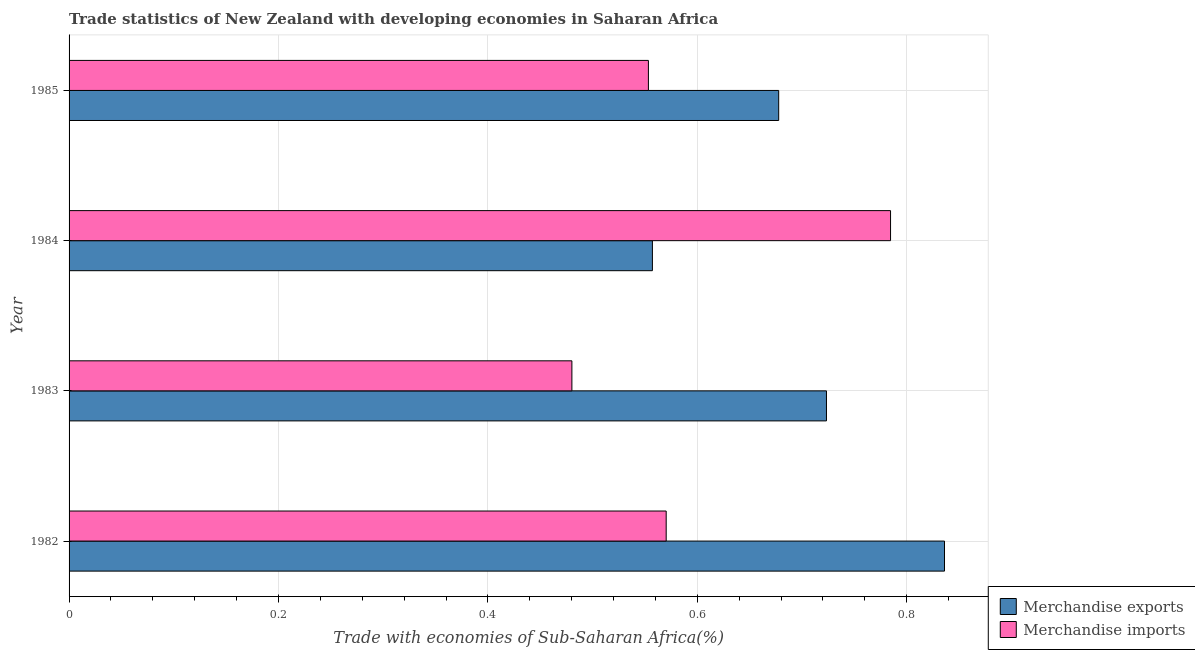
| Year | Merchandise exports | Merchandise imports |
 | --- | --- | --- |
 | 1982 | 0.836 | 0.57 |
 | 1983 | 0.723 | 0.48 |
 | 1984 | 0.557 | 0.785 |
 | 1985 | 0.678 | 0.553 |